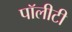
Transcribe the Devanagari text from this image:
पॉलीटी